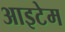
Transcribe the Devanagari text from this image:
आइटेम